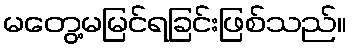
မတွေ့မမြင်ရခြင်းဖြစ်သည်။